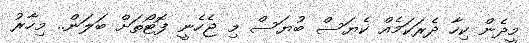
މީދެން ކިހާ ދެރަކަމެއް ކެޔަސް ބުޔަސް މި ޖެހެނީ ފޮޓޯތަށް ބަލަން.. މިހާރު